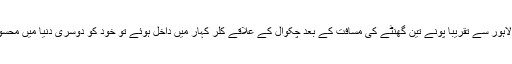
جب ہم لاہور سے تقریباً پونے تین گھنٹے کی مسافت کے بعد چکوال کے علاقے کلر کہار میں داخل ہوئے تو خود کو دوسری دنیا میں محسوس کیا۔